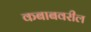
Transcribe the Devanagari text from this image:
कबाबवरील